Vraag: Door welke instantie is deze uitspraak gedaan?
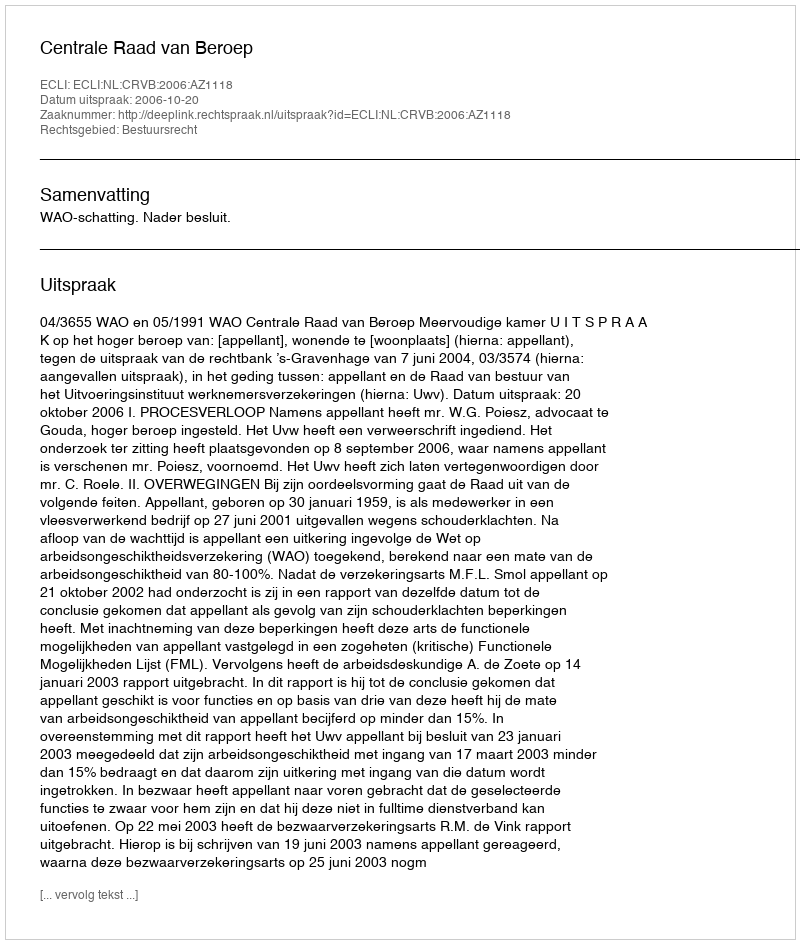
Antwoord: Centrale Raad van Beroep